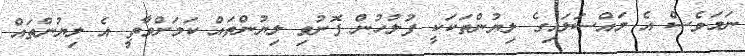
ނަމަވެސް އެ މައްސަލައިގެ ލިޔުންތަކަކީ ފުލުހުން ފޮނުވި ލިޔުންތައް ކަމަށްވާތީ އެ ލިޔުންތައް